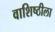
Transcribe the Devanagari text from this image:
वाशिष्ठीला